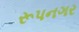
રૂપનગર